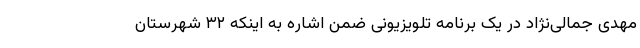
مهدی جمالی‌نژاد در یک برنامه تلویزیونی ضمن اشاره به اینکه ۳۲ شهرستان